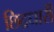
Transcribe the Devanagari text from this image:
छिद्रधारी